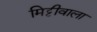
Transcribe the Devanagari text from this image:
मिट्टीवाला